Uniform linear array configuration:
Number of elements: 12
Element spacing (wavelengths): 0.5
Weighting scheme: cosine
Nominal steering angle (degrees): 60
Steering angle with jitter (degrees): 60.86
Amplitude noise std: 0.05
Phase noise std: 0.05

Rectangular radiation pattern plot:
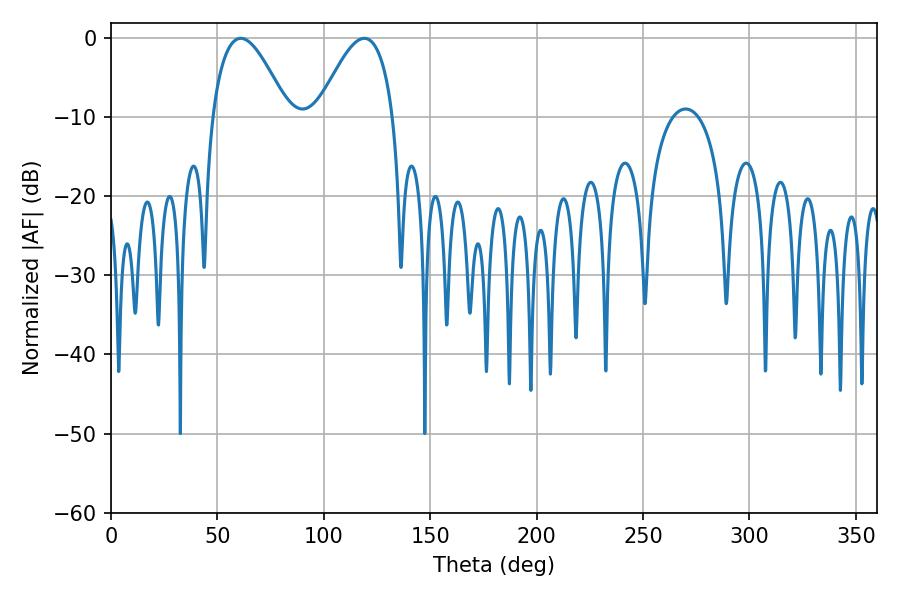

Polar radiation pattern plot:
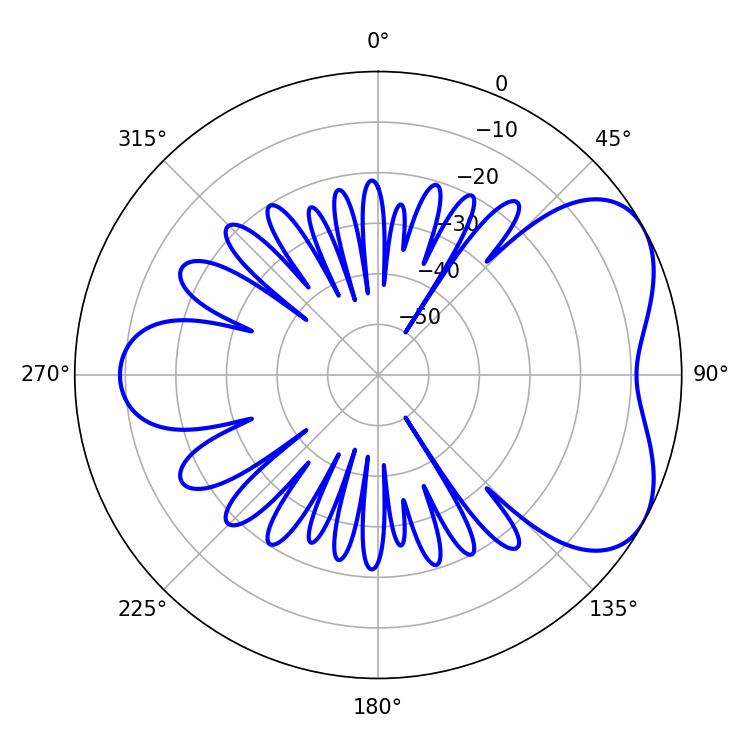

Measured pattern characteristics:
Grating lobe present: FALSE
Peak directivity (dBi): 5.095
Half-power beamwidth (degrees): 19.44
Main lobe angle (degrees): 61.02